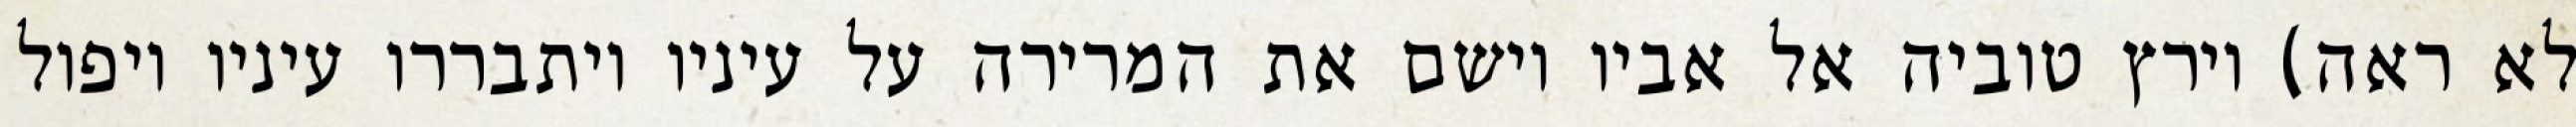
לא ראה) וירץ טוביה אל אביו וישם את המרירה על עיניו ויתבררו עיניו ויפול